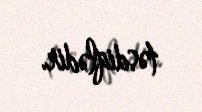
təsdiqlədir.